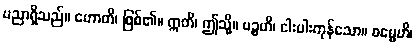
ပညာရှိသည်။ ဟောတိ၊ ဖြစ်၏။ ဣတိ၊ ဤသို့။ ပဉ္စဟိ၊ ငါးပါးကုန်သော။ ဓမ္မေဟိ၊